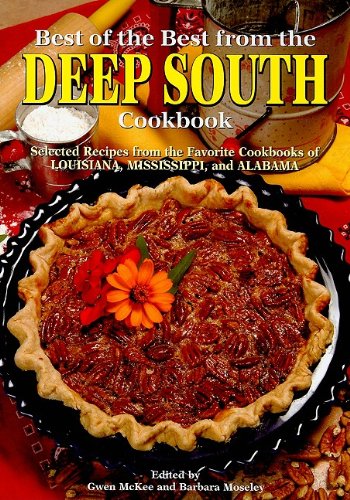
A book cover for Best of the Best from the Deep South Cookbook: Selected Recipes from the Favorite Cookbooks of Louisana, Mississippi, and Alabama (Best of the Best Regional Cookbook); Cookbooks, Food & Wine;